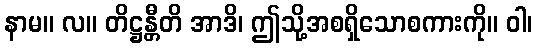
နာမ။ လ။ တိဋ္ဌန္တီတိ အာဒိ၊ ဤသို့အစရှိသောစကားကို။ ဝါ၊